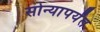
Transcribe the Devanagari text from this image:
सोन्यापर्यंत